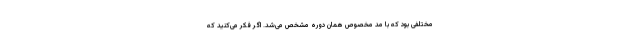
مختلفی بود که با مد مخصوص همان دوره مشخص می‌شد. اگر فکر می‌کنید که